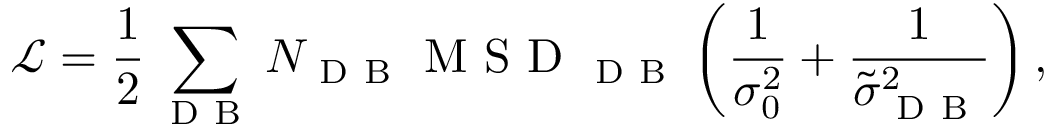
\mathcal { L } = \frac { 1 } { 2 } \sum _ { \mathrm { ~ D ~ B ~ } } N _ { \mathrm { ~ D ~ B ~ } } \mathrm { ~ M ~ S ~ D ~ } _ { \mathrm { ~ D ~ B ~ } } \left( \frac { 1 } { \sigma _ { 0 } ^ { 2 } } + \frac { 1 } { \tilde { \sigma } _ { \mathrm { ~ D ~ B ~ } } ^ { 2 } } \right) ,